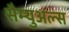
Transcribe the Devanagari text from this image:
सैम्युअल्स